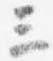
三